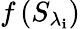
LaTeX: f\left({{S}_{{\lambda}_{\mathbf{i}}}}\right)